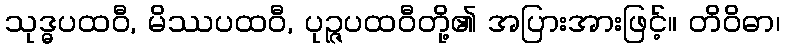
သုဒ္ဓပထဝီ, မိဿပထဝီ, ပုဉ္ဇပထဝီတို့၏ အပြားအားဖြင့်။ တိဝိဓာ၊